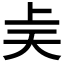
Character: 𫯝